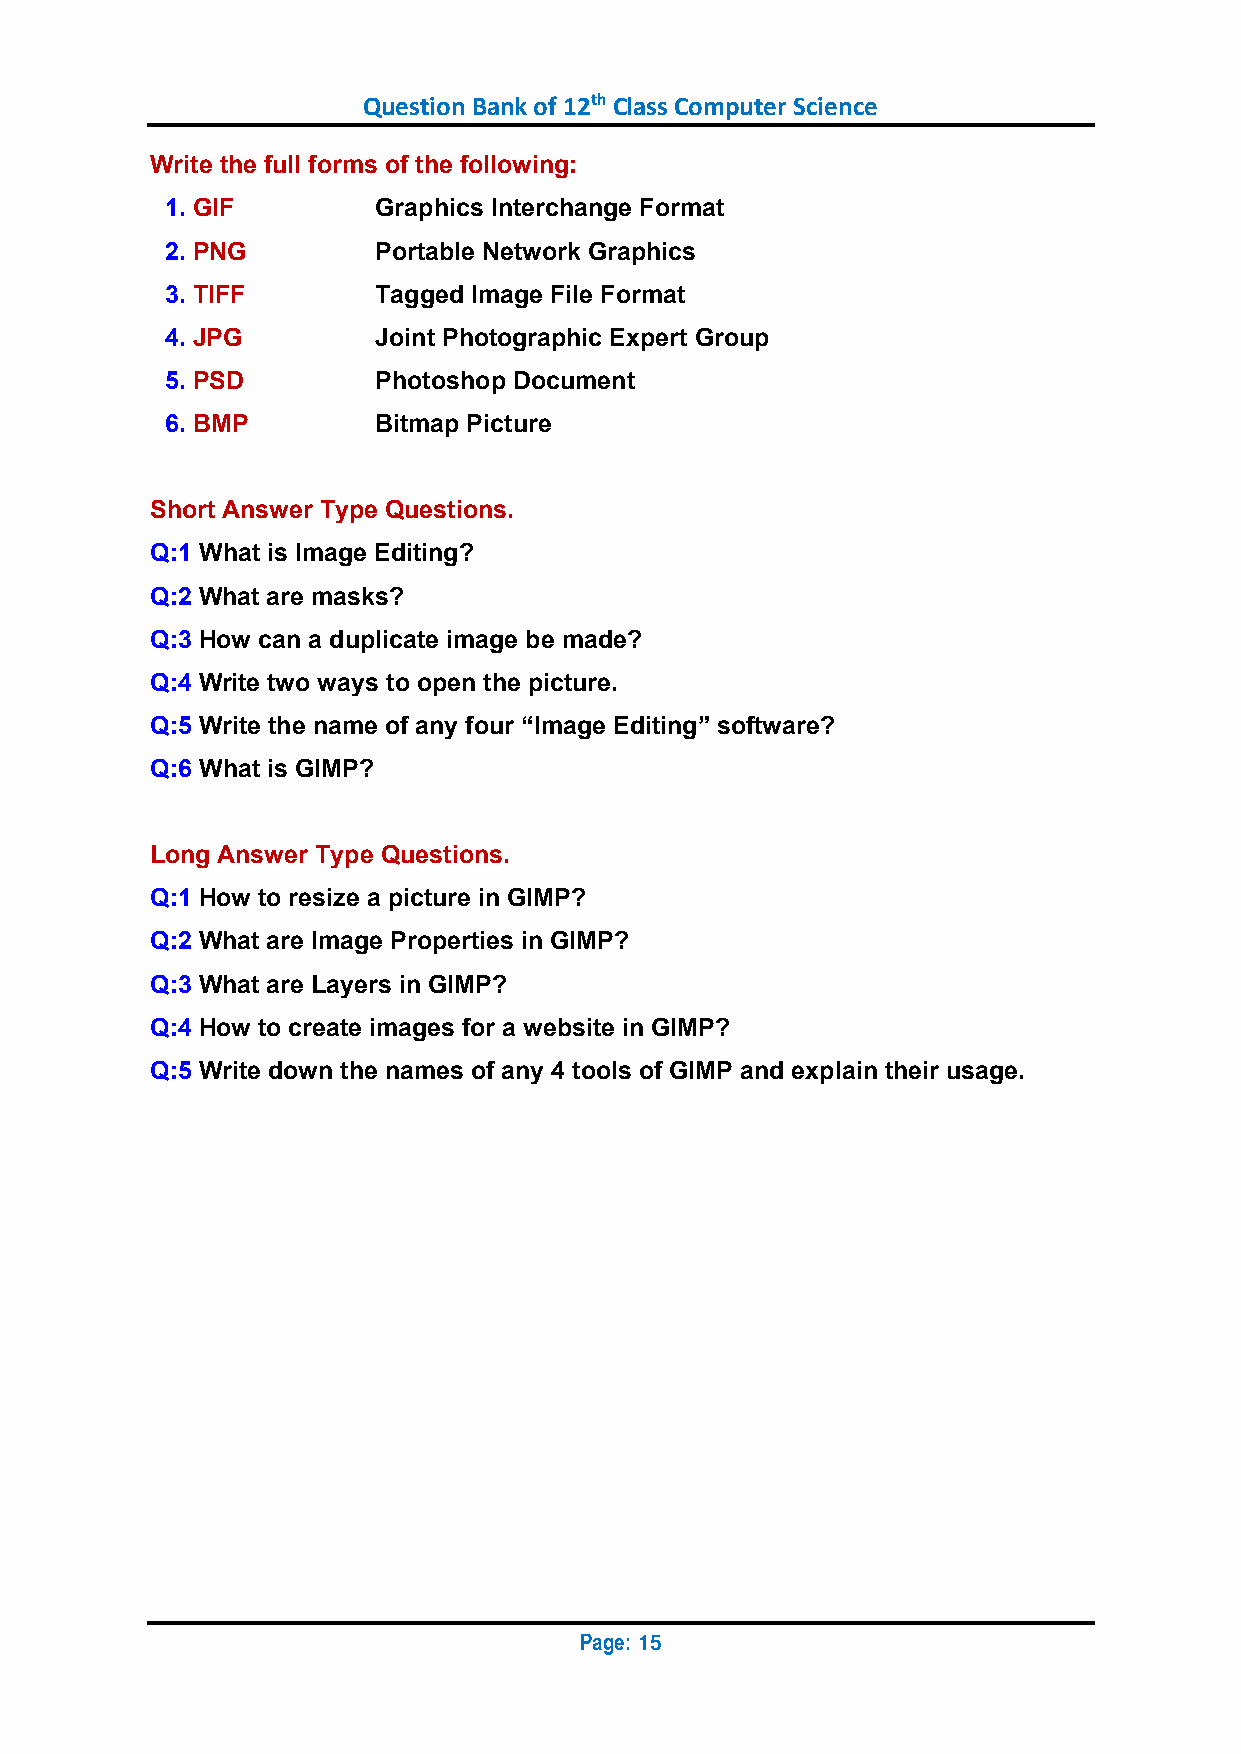
Question Bank of 12th Class Computer Science
 Write the full forms of the following:
 1. GIF        Graphics Interchange Format
 2. PNG        Portable Network Graphics
 3. TIFF       Tagged Image File Format
 4. JPG        Joint Photographic Expert Group
 5. PSD        Photoshop Document
 6. BMP        Bitmap Picture
 Short Answer Type Questions.
 Q:1 What is Image Editing?
 Q:2 What are masks?
 Q:3 How can a duplicate image be made?
 Q:4 Write two ways to open the picture.
 Q:5 Write the name of any four “Image Editing” software?
 Q:6 What is GIMP?
 Long Answer Type Questions.
 Q:1 How to resize a picture in GIMP?
 Q:2 What are Image Properties in GIMP?
 Q:3 What are Layers in GIMP?
 Q:4 How to create images for a website in GIMP?
 Q:5 Write down the names of any 4 tools of GIMP and explain their usage.
 Page:
 15